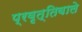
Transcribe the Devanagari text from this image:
प्रवृत्तिवाले